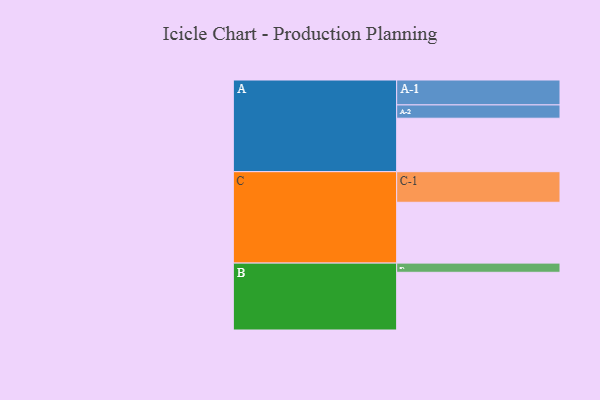
{"axis": {"x": "Segment", "y": "Value"}, "legend": ["", "A", "B", "C"], "data": [{"x": "A", "y": 442, "type": ""}, {"x": "B", "y": 477, "type": ""}, {"x": "C", "y": 503, "type": ""}, {"x": "A-1", "y": 206, "type": "A"}, {"x": "A-2", "y": 110, "type": "A"}, {"x": "B-1", "y": 76, "type": "B"}, {"x": "C-1", "y": 253, "type": "C"}]}